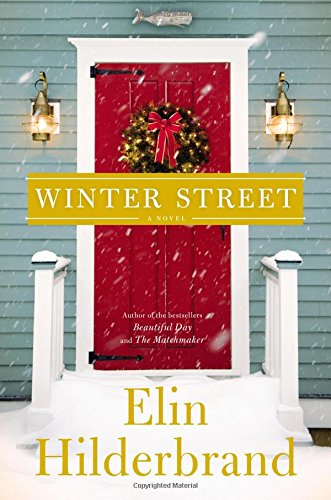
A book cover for Winter Street; Elin Hilderbrand; Literature & Fiction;